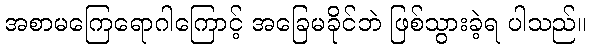
အစာမကြေရောဂါကြောင့် အခြေမခိုင်ဘဲ ဖြစ်သွားခဲ့ရ ပါသည်။